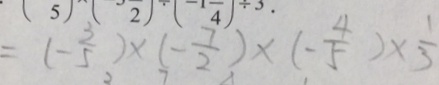
= ( - \frac { 3 } { 5 } ) \times ( - \frac { 7 } { 2 } ) \times ( - \frac { 4 } { 5 } ) \times \frac { 1 } { 3 }